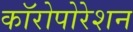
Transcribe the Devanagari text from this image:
कॉरोपोरेशन